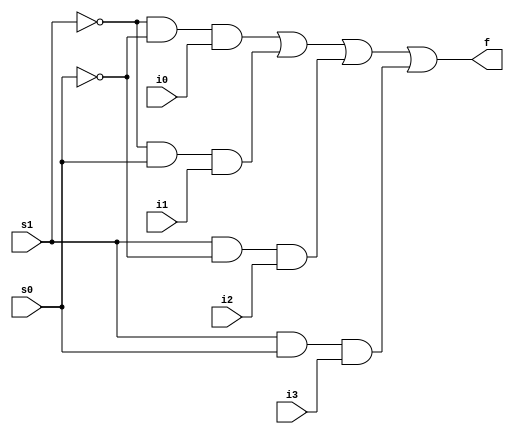
`timescale 1ns / 1ps
/*
**********************************************************
** Logic Design Final Project Fall, 2019 Semester
** Amirkabir University of Technology (Tehran Polytechnic)
** Department of Computer Engineering (CEIT-AUT)
** Logic Circuit Design Laboratory
** https://ceit.aut.ac.ir
**********************************************************
** Student ID: 9731078 (Negin HajiSobhani)
** Student ID: 9731096 (Amirhossein Alibakhshi)
**********************************************************
** Module Name: MUX4_1
**********************************************************
** Additional Comments:
	a simple 4 to 1 multiplexer(MUX)
*/
module MUX4_1(
    output f,
    input s0,
    input s1,
    input i0,
	 input i1,
	 input i2,
	 input i3);

    wire s0_not, s1_not;

    not n0(s0_not, s0);
    not n1(s1_not, s1);

    wire w0,w1,w2,w3;

    and g0(w0, s1_not, s0_not, i0);
    and g1(w1, s1_not, s0, i1);
    and g2(w2, s1, s0_not, i2);
    and g3(w3, s1, s0, i3);

    or final(f, w0, w1, w2, w3);

endmodule